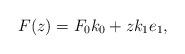
LaTeX: \begin{align*} F(z) = F_0 k_0 + z k_1 e_1 ,\end{align*}